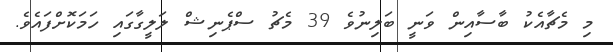
މި މެޗާއެކު ބާސާއިން ވަނީ ބަލިނުވެ 39 މެޗު ސްޕެނިޝް ލަލީގާގައި ހަމަކޮށްފައެވެ.